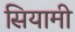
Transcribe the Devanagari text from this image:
सियामी